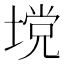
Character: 𪤅